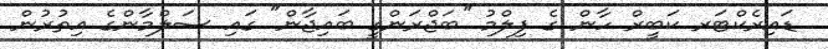
ޑައިރެކްޓަރ ކަބީރް ހާން ގެ ފިލްމު ''ބަޖްރަންގީ ބައިޖާން" ގައި ސަލްމާންގެ އިތުރުން